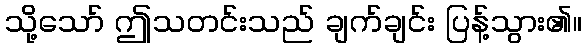
သို့သော် ဤသတင်းသည် ချက်ချင်း ပြန့်သွား၏။